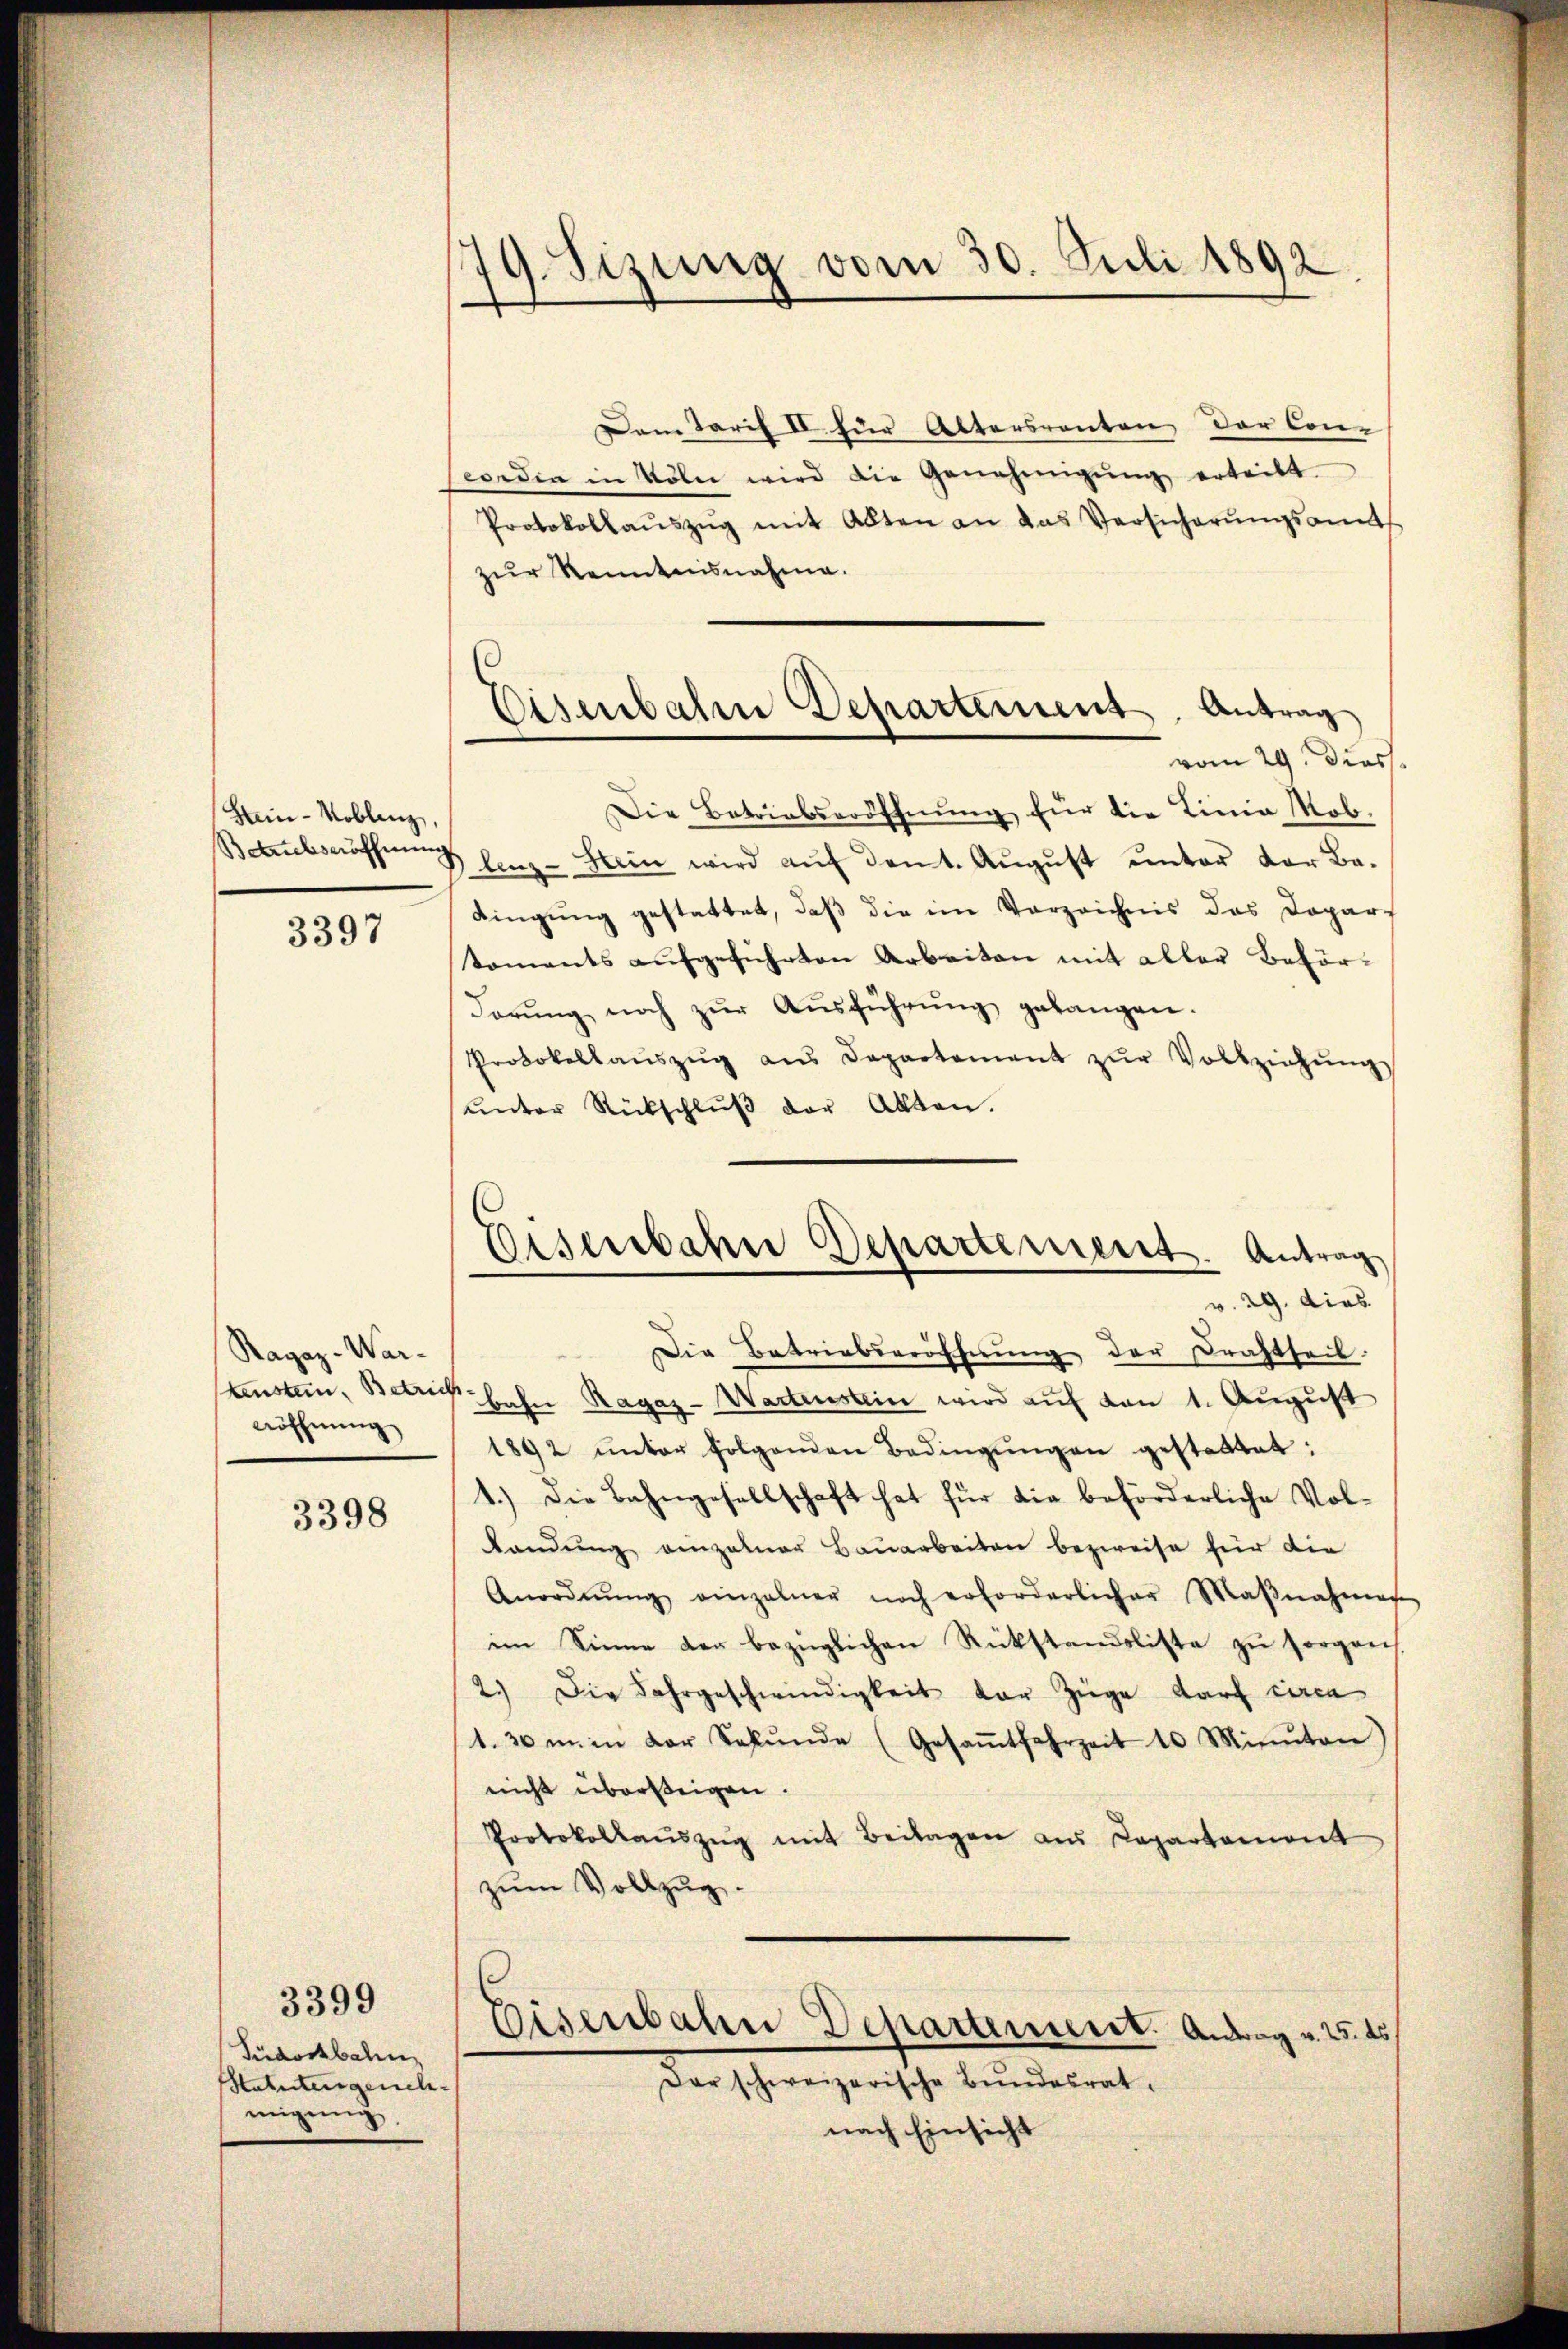
Hein-Koblenz

3397

Ragaz- War¬
Röffnung

3398

Südostbahn
Statuten gerich
migung,

3399

19. Sizung vom 30. Juli 1892.

Dem Tarif II. für Altersrenten der Con-
worden in Köln wird die Genehmigŭng erteilt
Protokollaŭszŭg mit Alten an das Versicherŭngsamts
zur Kenntnisnahme.
vom 29. Dies
Die Betriebseröffnŭng für die Linia Mob.
Betubseröffnung lenz-Stein wird aŭf dent. Aŭgŭst ŭnter der Be-
Kingung gestattet, daß die im Vorzeichnis das Dopar-
koments aŭfgeführten Arbeiten mit aller Beför¬
Forŭng noch zŭr Aŭsführŭng gelangen.
Protokollaŭszŭg ans Departement zŭr Vollziehŭng
ŭnter Rückschlŭβ der Akten.
Die Betriebseröfferung der Drahtseit
stenstein, Betrich bahn Ragaz-Wartenstein wird auf von 1. August
1892 ŭnter folgenden Bedingŭngen gestattet:
1.) Die Bahngesellschaft hat für die beförderliche Vol¬
Landŭng einzelner Bauarbeiten bezweise für die
Anordnŭng einzelner noch erforderlicher Maβnahmen
im Sinne der bezüglichen Rükstandsliste zŭ sorgen
2.) Die Fahrgeschwindigkeit der Züge darf circa
1.30m in der Sekŭnde (Gesaṁtfahrzeit 10 Minuten
nicht übersteigen.
Protokollaŭszŭg mit Beilagen aus Departemont
zŭm Vollzug.
Eisenbahn Departement. Antrag v. 15. ds
Dar schweizerische Bundesrat.
nach Einsicht

Eisenbahre Departement. Antrag

Eisenbahne Departinieret. Antrag
v. 29. dies